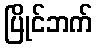
ပြိုင်ဘက်